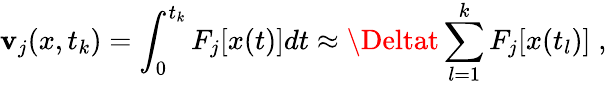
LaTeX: \mathbf{v}_{j}(x,t_{k})=\int_{0}^{t_{k}}F_{j}[x(t)]dt\approx\Deltat\sum_{l=1}^{k}F_{j}[x(t_{l})]\; ,